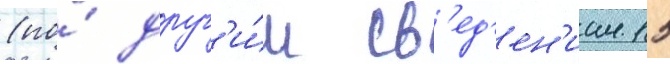
(по́ друг'и́м св'ед'ен'иам 15